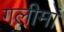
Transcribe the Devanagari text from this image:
गलीमां